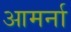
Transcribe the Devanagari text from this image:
आमर्ना